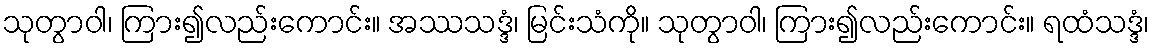
သုတွာဝါ၊ ကြား၍လည်းကောင်း။ အဿသဒ္ဒံ၊ မြင်းသံကို။ သုတွာဝါ၊ ကြား၍လည်းကောင်း။ ရထံသဒ္ဒံ၊